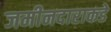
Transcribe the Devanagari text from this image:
जमीनदाराकडे